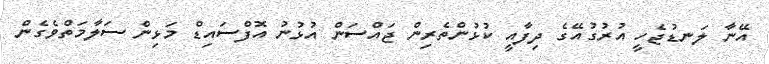
އޭނާ ލަނޑުޖެހީ އުރުގުއޭގެ ދިފާއީ ކުޅުންތެރިން ޖައްސަން އުޅުނު އޮފްސައިޑް މަޅިން ސަލާމަތްވެގެން